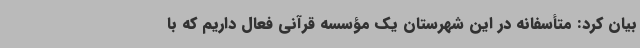
بیان کرد: متأسفانه در این شهرستان یک مؤسسه قرآنی فعال داریم که با